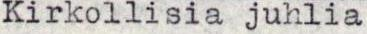
Kirkollisia juhlia